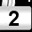
Digit: 2